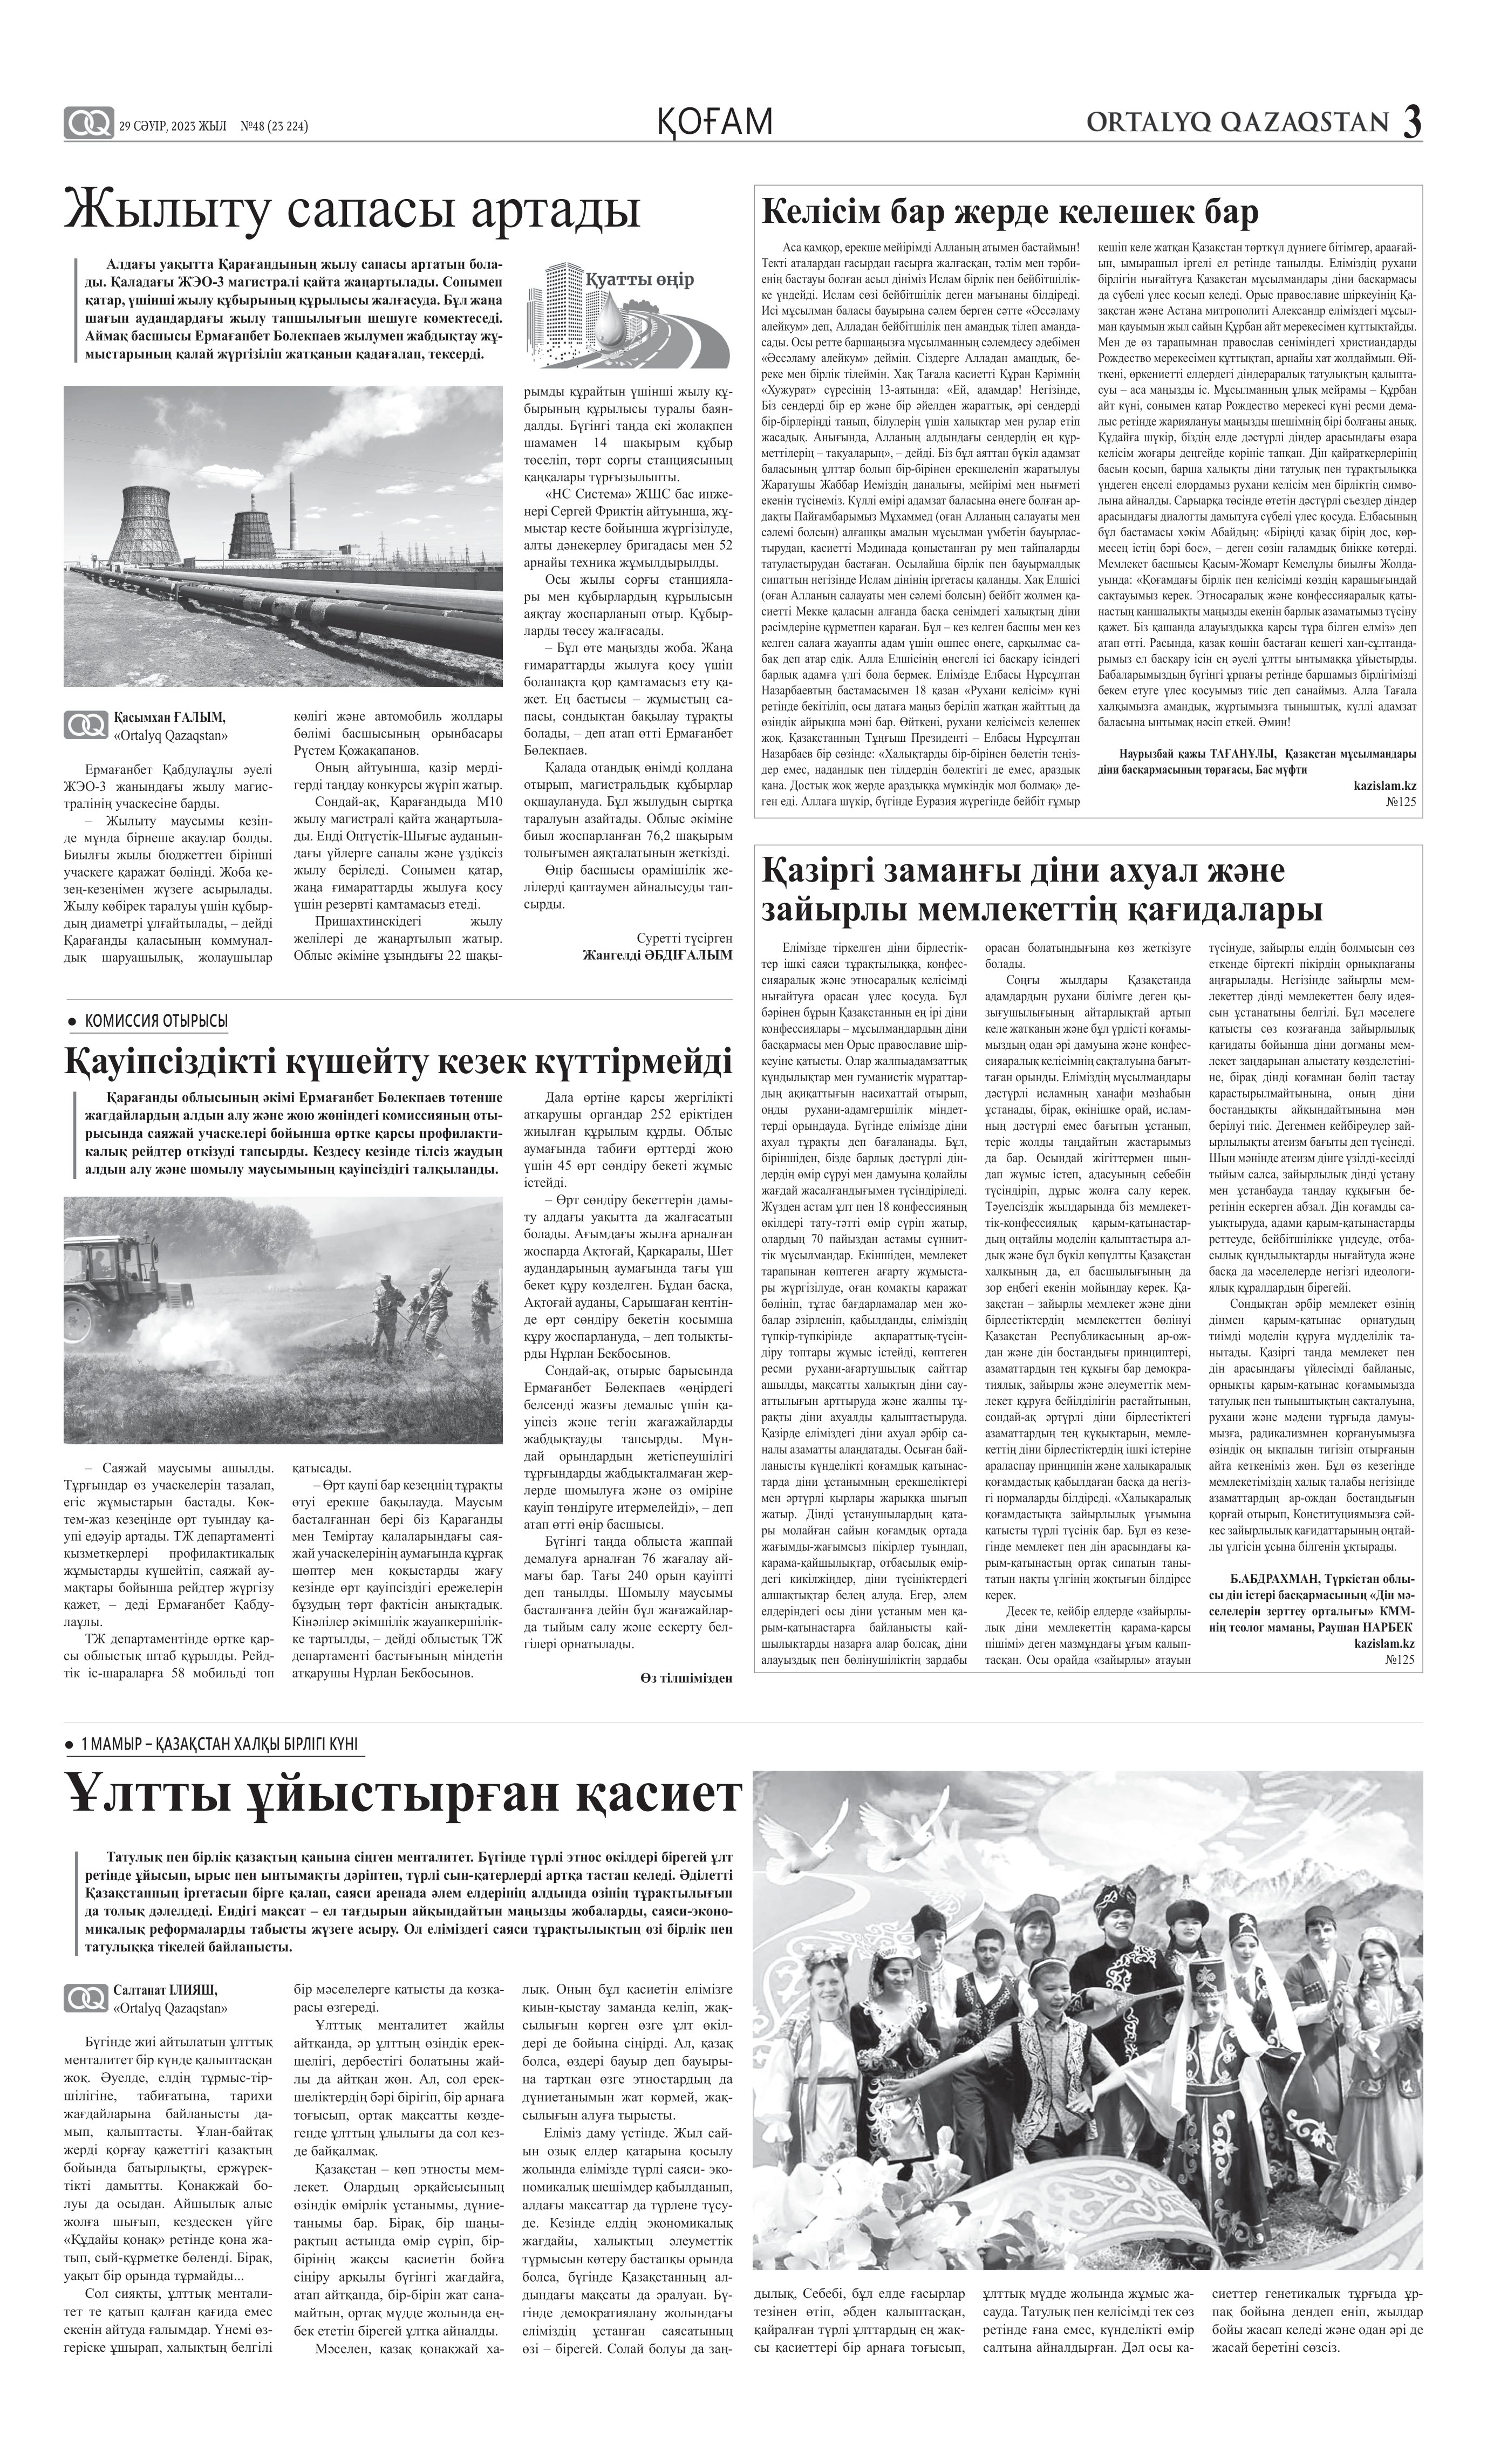
Language: kk